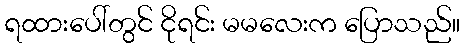
ရထားပေါ်တွင် ငိုရင်း မမလေးက ပြောသည်။